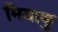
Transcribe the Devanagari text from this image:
मियाकु